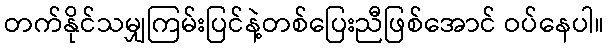
တက်နိုင်သမျှကြမ်းပြင်နဲ့တစ်ပြေးညီဖြစ်အောင် ဝပ်နေပါ။